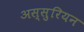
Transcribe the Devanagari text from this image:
अस्सुरियन